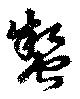
蟄